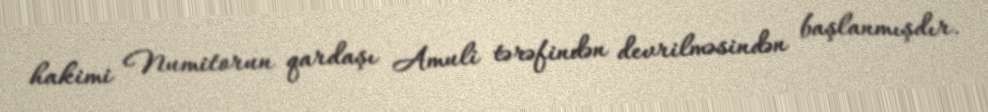
hakimi Numitorun qardaşı Amuli tərəfindən devrilməsindən başlanmışdır.